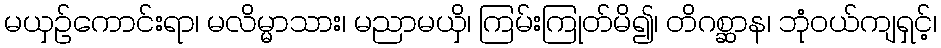
မယှဉ်ကောင်းရာ၊ မလိမ္မာသား၊ မညာမယှိ၊ ကြမ်းကြုတ်မိ၍၊ တိဂစ္ဆာန၊ ဘုံဝယ်ကျရှင့်၊